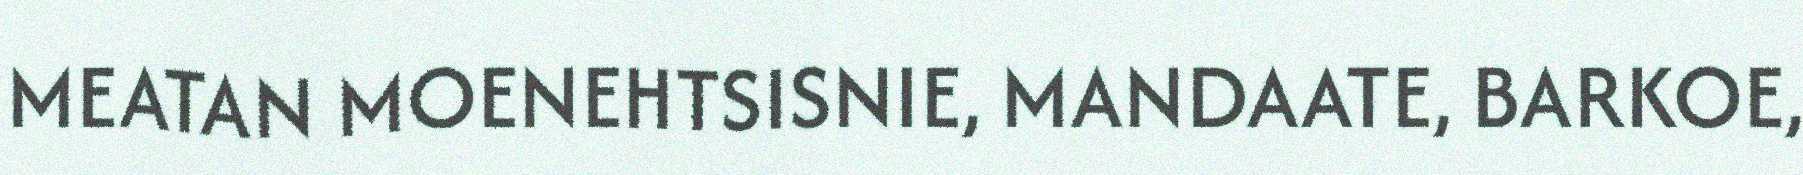
MEATAN MOENEHTSISNIE, MANDAATE, BARKOE,